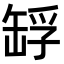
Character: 𦈴